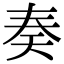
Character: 奏